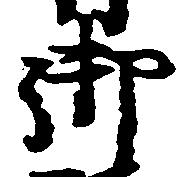
御